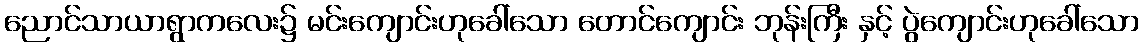
ညောင်သာယာရွာကလေး၌ မင်းကျောင်းဟုခေါ်သော တောင်ကျောင်း ဘုန်းကြီး နှင့် ပွဲကျောင်းဟုခေါ်သော